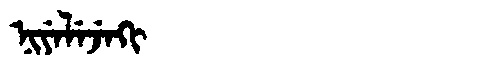
Manchu: ᠨᡳᠶᡝᠯᡝᠵᡝᡴᡳ
Romanization: NIYELEJEKI